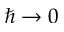
\hbar \rightarrow 0